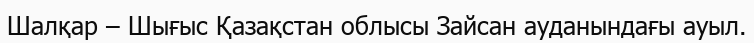
Шалқар – Шығыс Қазақстан облысы Зайсан ауданындағы ауыл.